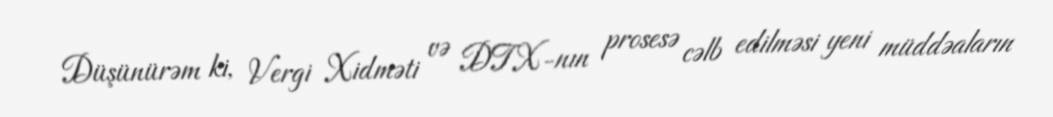
Düşünürəm ki, Vergi Xidməti və DTX-nın prosesə cəlb edilməsi yeni müddəaların